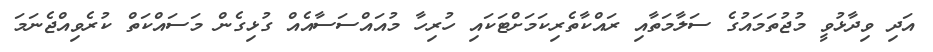
އަދި ވިދާޅުވީ މުޖުތަމައުގެ ސަލާމަތާއި ރައްކާތެރިކަމަށްޓަކައި ހުރިހާ މުއައްސަސާއެއް ގުޅިގެން މަސައްކަތް ކުރެވިއްޖެނަމަ